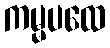
ကမ္မပထေ